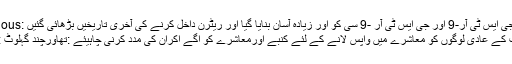
Previous: جی ایس ٹی آر-9 اور جی ایس ٹی آر -9 سی کو اور زیادہ آسان بنایا گیا اور ریٹرن داخل کرنے کی آخری تاریخیں بڑھائی گئیں
Next: منشیات کے عادی لوگوں کو معاشرے میں واپس لانے کے لئے کنبے اورمعاشرے کو آگے آکران کی مدد کرنی چاہیئے :تھاورچند گہلوٹ